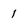
Character: 1